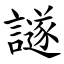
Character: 譢